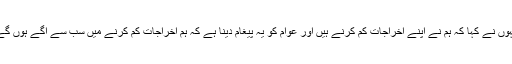
انہوں نے کہا کہ ہم نے اپنے اخراجات کم کرنے ہیں اور عوام کو یہ پیغام دینا ہے کہ ہم اخراجات کم کرنے میں سب سے آگے ہوں گے۔